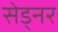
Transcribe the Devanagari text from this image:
सेड्नर